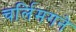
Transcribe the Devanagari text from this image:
चर्लिमगने